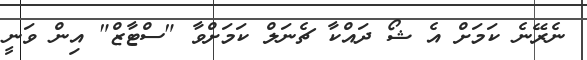
ނެރޭނެ ކަމަށް އެ ޝޯ ދައްކާ ޗެނަލް ކަމަށްވާ "ސްޓާޒް" އިން ވަނީ